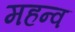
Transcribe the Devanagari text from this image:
महन्व